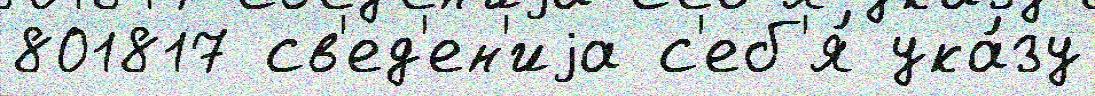
801817 св'ед'ен'иjа с'еб'я́ ука́зу